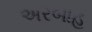
અરબાહ